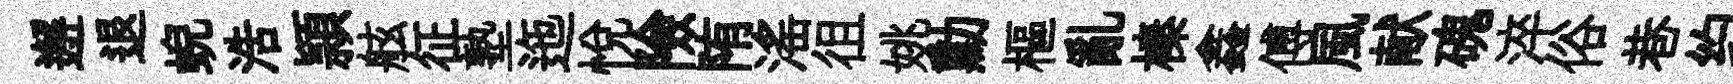
邂退蜺浩頴舷征塾迤悅險陏滛徂姚勳樞亂榛鑫傅風献磈淬俗巷约跼